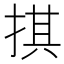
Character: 掑